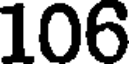
106